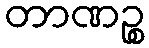
တာဏဉ္စ